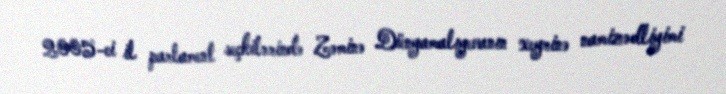
2005-ci il parlament seçkilərində Zəminə Dünyamalıyevanın xeyrinə namizədliyimi